Vaccination in Bombay 1869-1873 - 1869-1873
Year: 1869
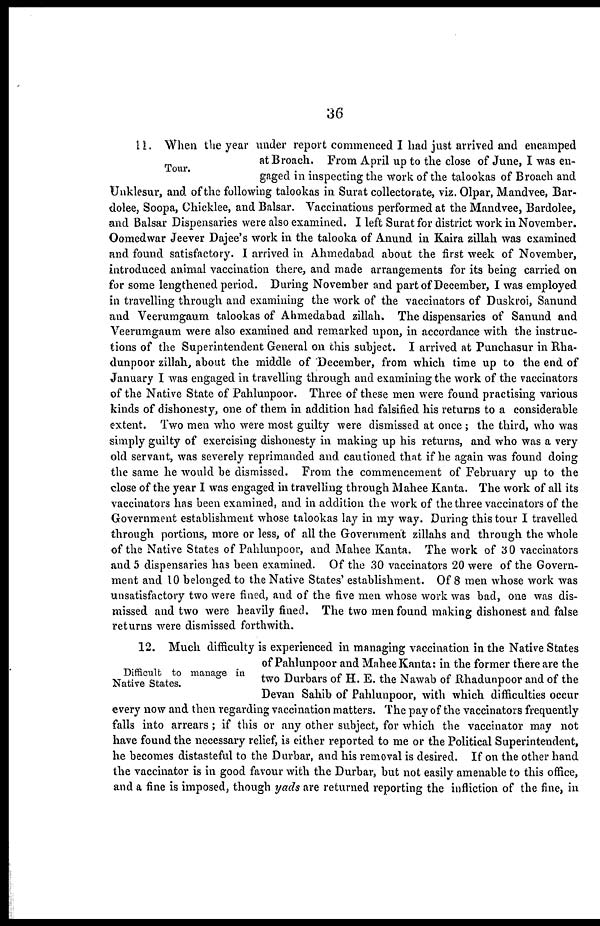
36
Tour.
11. When the year under report commenced I had just arrived and encamped
at Broach. From April up to the close of June, I was en-
gaged in inspecting the work of the talookas of Broach and
Unklesur, and of the following talookas in Surat collectorate, viz. Olpar, Mandvee, Bar-
dolee, Soopa, Chicklee, and Balsar. Vaccinations performed at the Mandvee, Bardolee,
and Balsar Dispensaries were also examined. I left Surat for district work in November.
Oomedwar Jeever Dajee's work in the talooka of Anund in Kaira zillah was examined
and found satisfactory. I arrived in Ahmedabad about the first week of November,
introduced animal vaccination there, and made arrangements for its being carried on
for some lengthened period. During November and part of December, I was employed
in travelling through and examining the work of the vaccinators of Duskroi, Sanund
and Veerumgaum talookas of Ahmedabad zillah. The dispensaries of Sanund and
Veerumgaum were also examined and remarked upon, in accordance with the instruc-
tions of the Superintendent General on this subject. I arrived at Punchasur in Rha-
dunpoor zillah, about the middle of December, from which time up to the end of
January I was engaged in travelling through and examining the work of the vaccinators
of the Native State of Pahlunpoor. Three of these men were found practising various
kinds of dishonesty, one of them in addition had falsified his returns to a considerable
extent. Two men who were most guilty were dismissed at once ; the third, who was
simply guilty of exercising dishonesty in making up his returns, and who was a very
old servant, was severely reprimanded and cautioned that if he again was found doing
the same he would be dismissed. From the commencement of February up to the
close of the year I was engaged in travelling through Mahee Kanta. The work of all its
vaccinators has been examined, and in addition the work of the three vaccinators of the
Government establishment whose talookas lay in my way. During this tour I travelled
through portions, more or less, of all the Government zillahs and through the whole
of the Native States of Pahlunpoor, and Mahee Kanta. The work of 30 vaccinators
and 5 dispensaries has been examined. Of the 30 vaccinators 20 were of the Govern-
ment and 10 belonged to the Native States' establishment. Of 8 men whose work was
unsatisfactory two were fined, and of the five men whose work was bad, one was dis-
missed and two were heavily fined. The two men found making dishonest and false
returns were dismissed forthwith.
Difficult to manage in
Native States.
12. Much difficulty is experienced in managing vaccination in the Native States
of Pahlunpoor and Mahee Kanta: in the former there are the
two Durbars of H. E. the Nawab of Rhadunpoor and of the
Devan Sahib of Pahlunpoor, with which difficulties occur
every now and then regarding vaccination matters. The pay of the vaccinators frequently
falls into arrears ; if this or any other subject, for which the vaccinator may not
have found the necessary relief, is either reported to me or the Political Superintendent,
he becomes distasteful to the Durbar, and his removal is desired. If on the other hand
the vaccinator is in good favour with the Durbar, but not easily amenable to this office,
and a fine is imposed, though yads are returned reporting the infliction of the fine, in